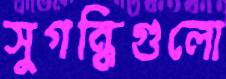
সুগন্ধিগুলো